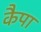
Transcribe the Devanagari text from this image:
कैपा